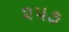
૨૫૭